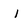
Character: I